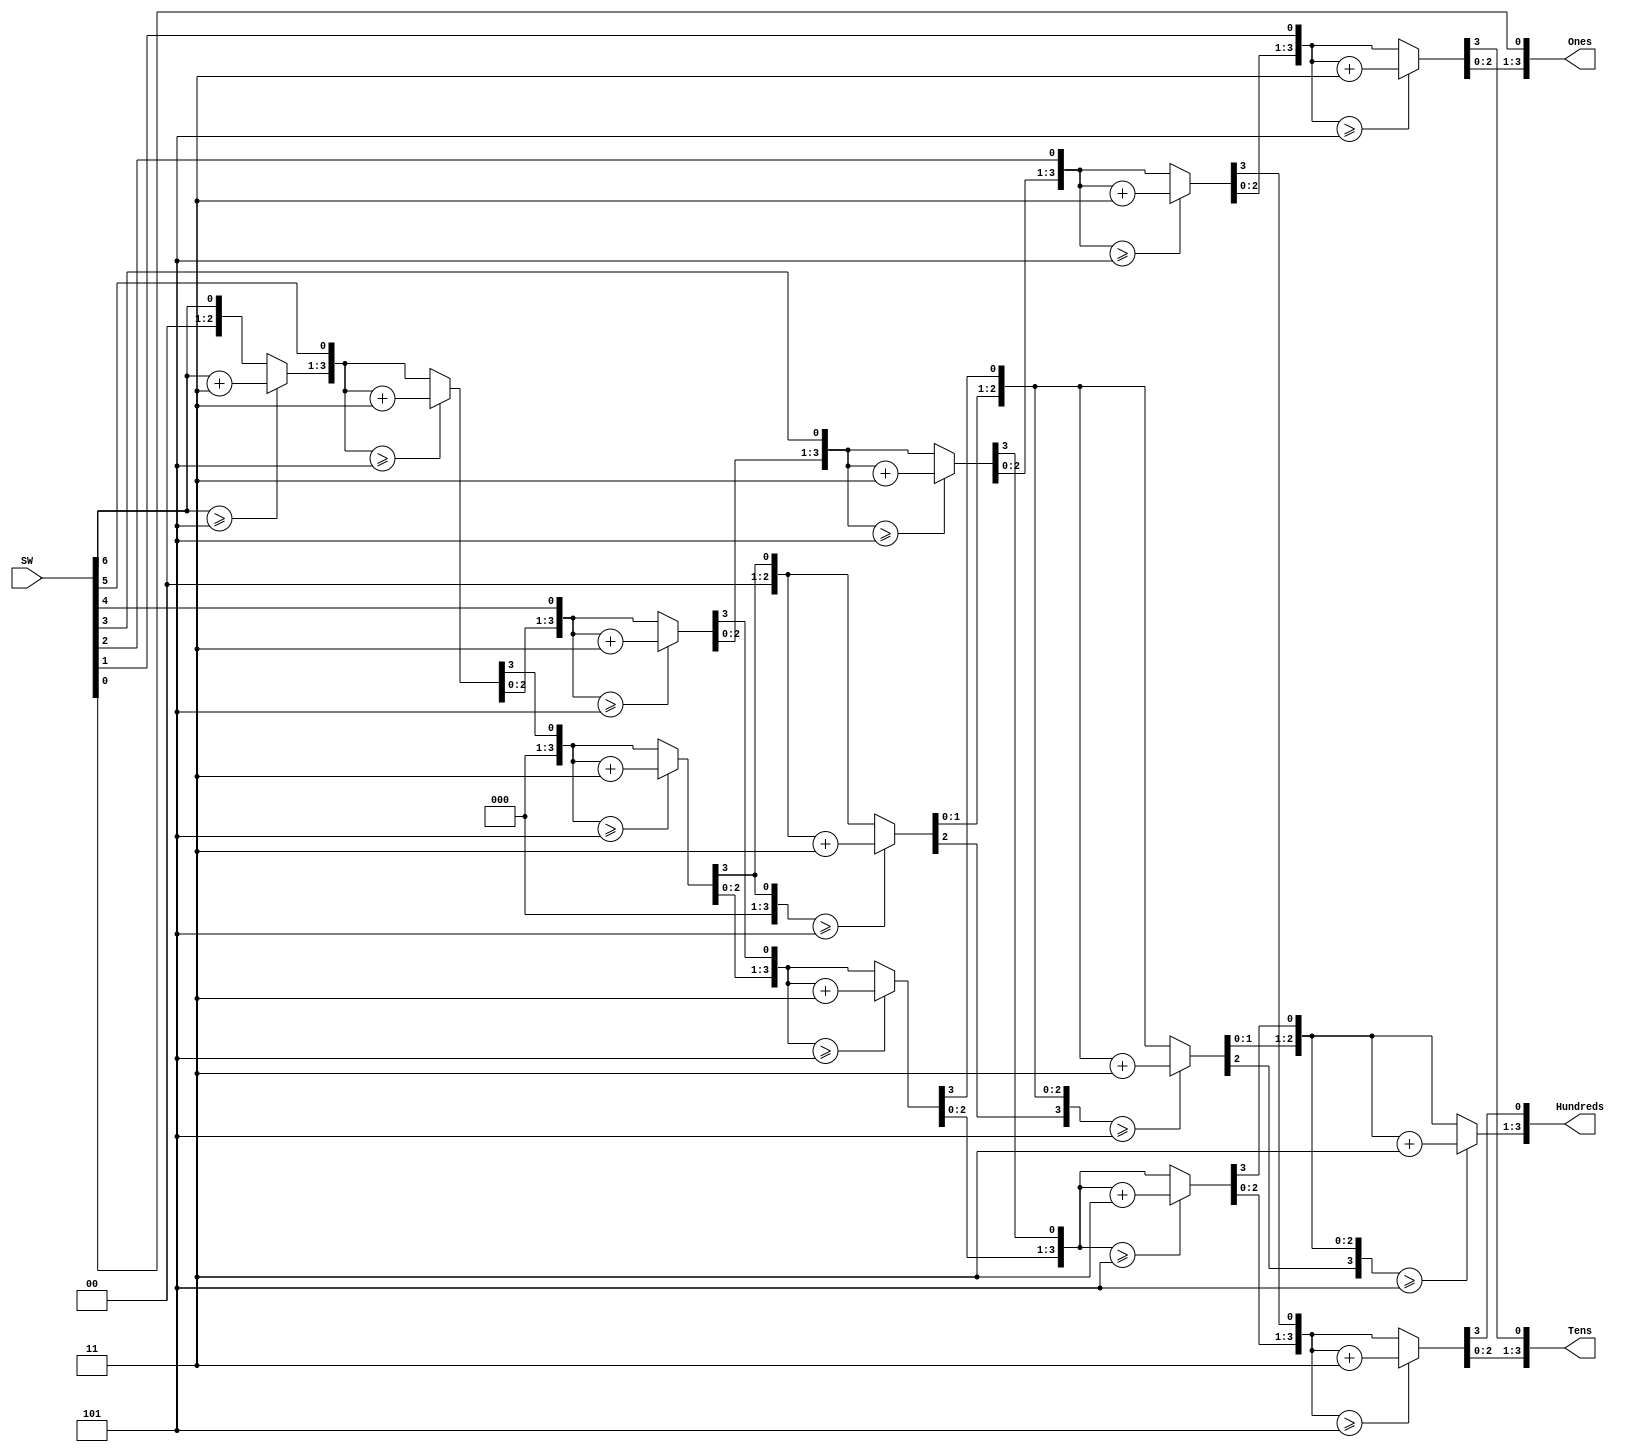
module BCD (
    input [6:0] SW,
    output reg [3:0] Hundreds,
    output reg [3:0] Tens,
    output reg [3:0] Ones
);
    integer i;
    always @(SW)
        begin
            //initialization
            Hundreds = 4'd0;
            Tens = 4'd0;
            Ones = 4'd0;
            
            for (i = 6; i >= 0 ; i = i-1 )
            begin
                if(Hundreds >= 5 )
                Hundreds = Hundreds + 3;
                if (Tens >= 5 )
                    Tens = Tens + 3;
                if (Ones >= 5)
                    Ones = Ones +3;
                //shift left one
                Hundreds = Hundreds << 1;
                Hundreds [0] = Tens [3];
                Tens = Tens << 1;
                Tens [0] = Ones[3];
                Ones = Ones << 1;
                Ones[0] = SW[i];
        end
    end
    
endmodule